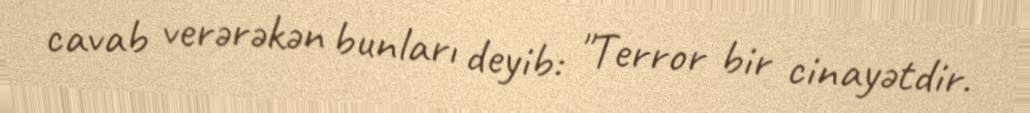
cavab verərəkən bunları deyib: "Terror bir cinayətdir.